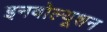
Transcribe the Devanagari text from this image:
इनवोल्यूशन